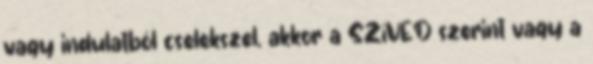
vagy indulatból cselekszel, akkor a SZíVED szerint vagy a